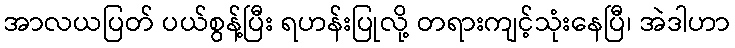
အာလယပြတ် ပယ်စွန့်ပြီး ရဟန်းပြုလို့ တရားကျင့်သုံးနေပြီ၊ အဲဒါဟာ